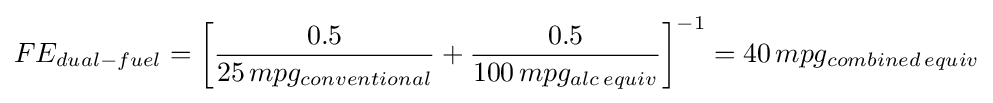
FE_{dual-fuel}=\left[{\frac {0.5}{25\,mpg_{conventional}}}+{\frac {0.5}{100\,mpg_{alc\,equiv}}}\right]^{-1}=40\,mpg_{combined\,equiv}